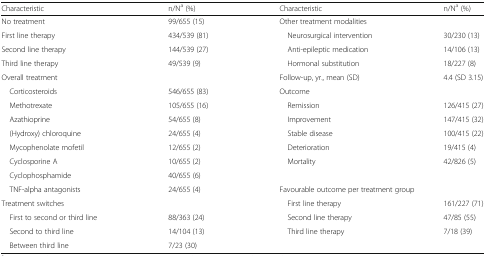
<table><thead><tr><td><b>Characteristic</b></td><td><b>n/N<sup>a</sup> (%)</b></td><td><b>Characteristic</b></td><td><b>n/N<sup>a</sup> (%)</b></td></tr></thead><tbody><tr><td>No treatment</td><td>99/655 (15)</td><td>Other treatment modalities</td><td></td></tr><tr><td>First line therapy</td><td>434/539 (81)</td><td> Neurosurgical intervention</td><td>30/230 (13)</td></tr><tr><td>Second line therapy</td><td>144/539 (27)</td><td> Anti-epileptic medication</td><td>14/106 (13)</td></tr><tr><td>Third line therapy</td><td>49/539 (9)</td><td> Hormonal substitution</td><td>18/227 (8)</td></tr><tr><td>Overall treatment</td><td></td><td>Follow-up, yr., mean (SD)</td><td>4.4 (SD 3.15)</td></tr><tr><td> Corticosteroids</td><td>546/655 (83)</td><td>Outcome</td><td></td></tr><tr><td> Methotrexate</td><td>105/655 (16)</td><td> Remission</td><td>126/415 (27)</td></tr><tr><td> Azathioprine</td><td>54/655 (8)</td><td> Improvement</td><td>147/415 (32)</td></tr><tr><td> (Hydroxy) chloroquine</td><td>24/655 (4)</td><td> Stable disease</td><td>100/415 (22)</td></tr><tr><td> Mycophenolate mofetil</td><td>12/655 (2)</td><td> Deterioration</td><td>19/415 (4)</td></tr><tr><td> Cyclosporine A</td><td>10/655 (2)</td><td> Mortality</td><td>42/826 (5)</td></tr><tr><td> Cyclophosphamide</td><td>40/655 (6)</td><td></td><td></td></tr><tr><td> TNF-alpha antagonists</td><td>24/655 (4)</td><td colspan="2">Favourable outcome per treatment group</td></tr><tr><td>Treatment switches</td><td></td><td> First line therapy</td><td>161/227 (71)</td></tr><tr><td> First to second or third line</td><td>88/363 (24)</td><td> Second line therapy</td><td>47/85 (55)</td></tr><tr><td> Second to third line</td><td>14/104 (13)</td><td> Third line therapy</td><td>7/18 (39)</td></tr><tr><td> Between third line</td><td>7/23 (30)</td><td></td><td></td></tr></tbody></table>